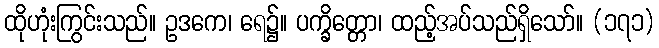
ထိုဟုံးကြွင်းသည်။ ဥဒကေ၊ ရေ၌။ ပက္ခိတ္တော၊ ထည့်အပ်သည်ရှိသော်။ (၁၇၁)